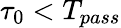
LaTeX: \tau_{0}<T_{pass}